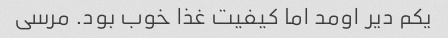
یکم دیر اومد اما کیفیت غذا خوب بود. مرسی